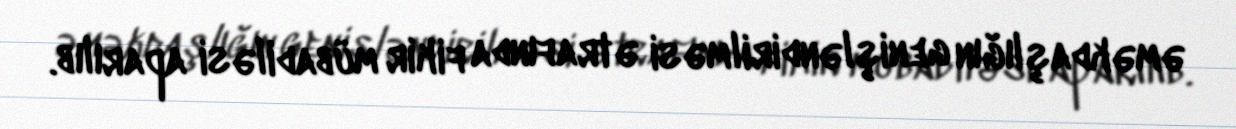
əməkdaşlığın genişləndirilməsi ətrafında fikir mübadiləsi aparılıb.